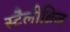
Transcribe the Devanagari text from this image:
स्टैलीब्रिज